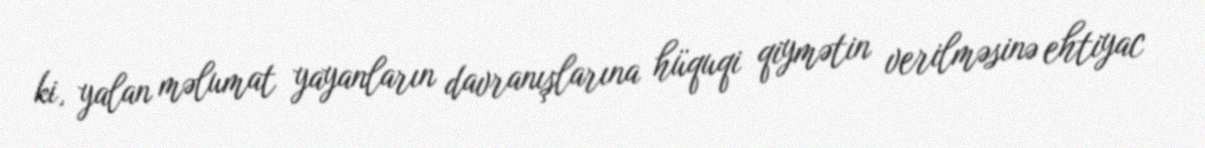
ki, yalan məlumat yayanların davranışlarına hüquqi qiymətin verilməsinə ehtiyac